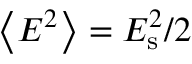
\left\langle E ^ { 2 } \right\rangle = { E _ { \mathrm { s } } ^ { 2 } } / { 2 }